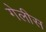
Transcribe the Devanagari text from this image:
गेलीस